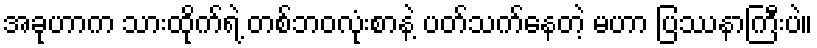
အခုဟာက သားထိုက်ရဲ့ တစ်ဘဝလုံးစာနဲ့ ပတ်သက်နေတဲ့ မဟာ ပြဿနာကြီးပဲ။